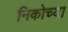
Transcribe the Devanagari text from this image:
निकोच्या